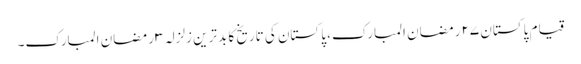
قیام پاکستان ٢٧ رمضان المبارک، پاکستان کی تاریخ کا بدترین زلزلہ ٣ رمضان المبارک۔